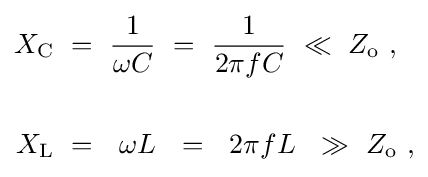
{\begin{aligned}X_{\text{C}}~&=~{\frac {1}{\omega C}}~=~{\frac {1}{2\pi fC}}~\ll ~Z_{\text{o}}~,\\\\X_{\text{L}}~&=~~\omega L~~=~~2\pi fL~~\gg ~Z_{\text{o}}~,\\\end{aligned}}